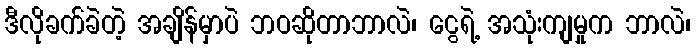
ဒီလိုခက်ခဲတဲ့ အချိန်မှာပဲ ဘဝဆိုတာဘာလဲ၊ ငွေရဲ့ အသုံးကျမှုက ဘာလဲ၊